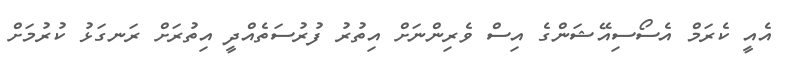
އެއީ ކެރަމް އެސޯސިއޭޝަންގެ އިސް ވެރިންނަށް އިތުރު ފުރުސަތެއްދީ އިތުރަށް ރަނގަޅު ކުރުމަށް